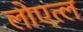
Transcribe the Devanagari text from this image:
लोएत्ल